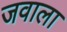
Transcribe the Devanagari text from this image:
जवाला